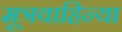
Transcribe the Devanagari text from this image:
मूत्रवाहिन्या